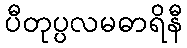
ပီတုပ္ပလမဓာရိနီ